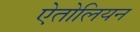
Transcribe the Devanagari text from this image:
ऐतोलियन